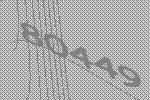
80449